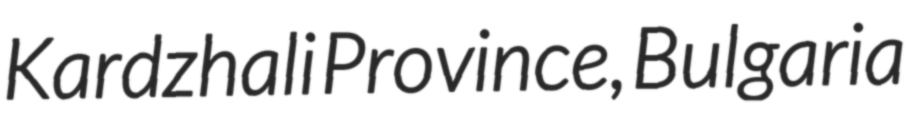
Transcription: Kardzhali Province, Bulgaria